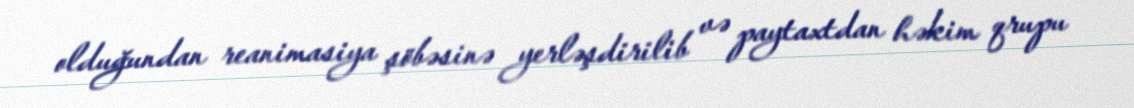
olduğundan reanimasiya şöbəsinə yerləşdirilib və paytaxtdan həkim qrupu